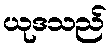
ယုဒသည်